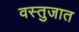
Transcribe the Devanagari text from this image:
वस्तुजात